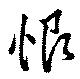
恨